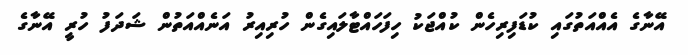
އޭނާގެ އެއްއަތުގައި ކުޑަފިރިހެން ކުއްޖަކު ހިފަހައްޓާލައިގެން ހުރިއިރު އަނެއްއަތުން ޝަދަފު ހުރީ އޭނާގެ